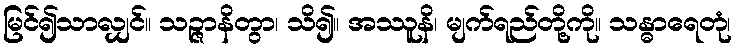
မြင်၍သာလျှင်။ သဉ္ဇာနိတွာ၊ သိ၍။ အဿူနိ၊ မျက်ရည်တို့ကို။ သန္ဓာရေတုံ၊